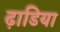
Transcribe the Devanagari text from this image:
ढ़ाडिया